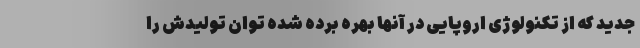
جدید که از تکنولوژی اروپایی در آنها بهره‌ برده شده توان تولیدش را